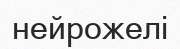
нейрожелі